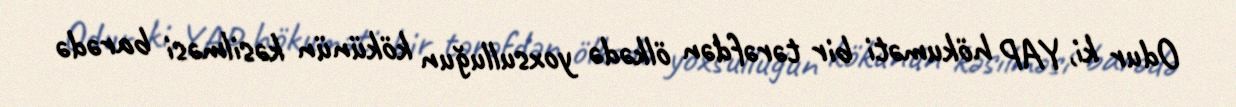
Odur ki, YAP hökuməti bir tərəfdən ölkədə yoxsulluğun kökünün kəsilməsi barədə